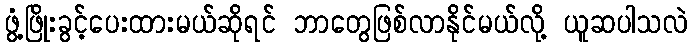
ဖွံ့ဖြိုးခွင့်ပေးထားမယ်ဆိုရင် ဘာတွေဖြစ်လာနိုင်မယ်လို့ ယူဆပါသလဲ